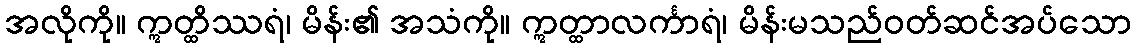
အလိုကို။ ဣတ္ထိဿရံ၊ မိန်း၏ အသံကို။ ဣတ္ထာလင်္ကာရံ၊ မိန်းမသည်ဝတ်ဆင်အပ်သော